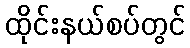
ထိုင်းနယ်စပ်တွင်